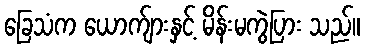
ခြေသံက ယောက်ျားနှင့် မိန်းမကွဲပြား သည်။